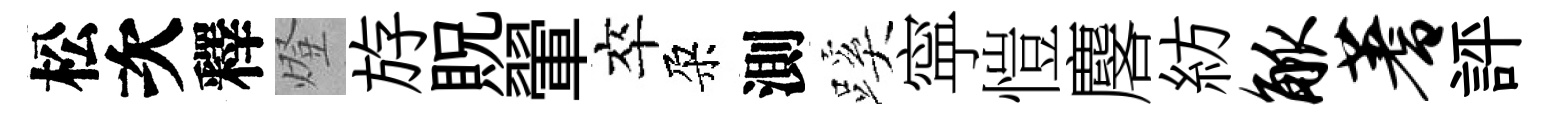
松次釋燈斿貺翬卒朶測蹊寜愷麐紡觚蓍評